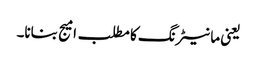
یعنی مانیٹرنگ کا مطلب امیج بنانا۔